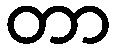
တာ